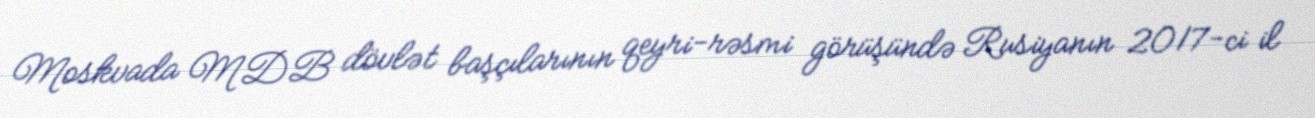
Moskvada MDB dövlət başçılarının qeyri-rəsmi görüşündə Rusiyanın 2017-ci il